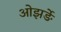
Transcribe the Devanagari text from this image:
ओझर्ङे